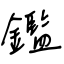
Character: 鑑